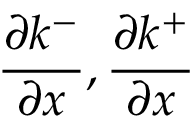
\frac { \partial k ^ { - } } { \partial x } , \frac { \partial k ^ { + } } { \partial x }